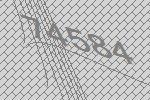
74584